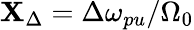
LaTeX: \mathbf{X}_{\Delta}={\Delta\omega_{pu}}/{\Omega_{0}}